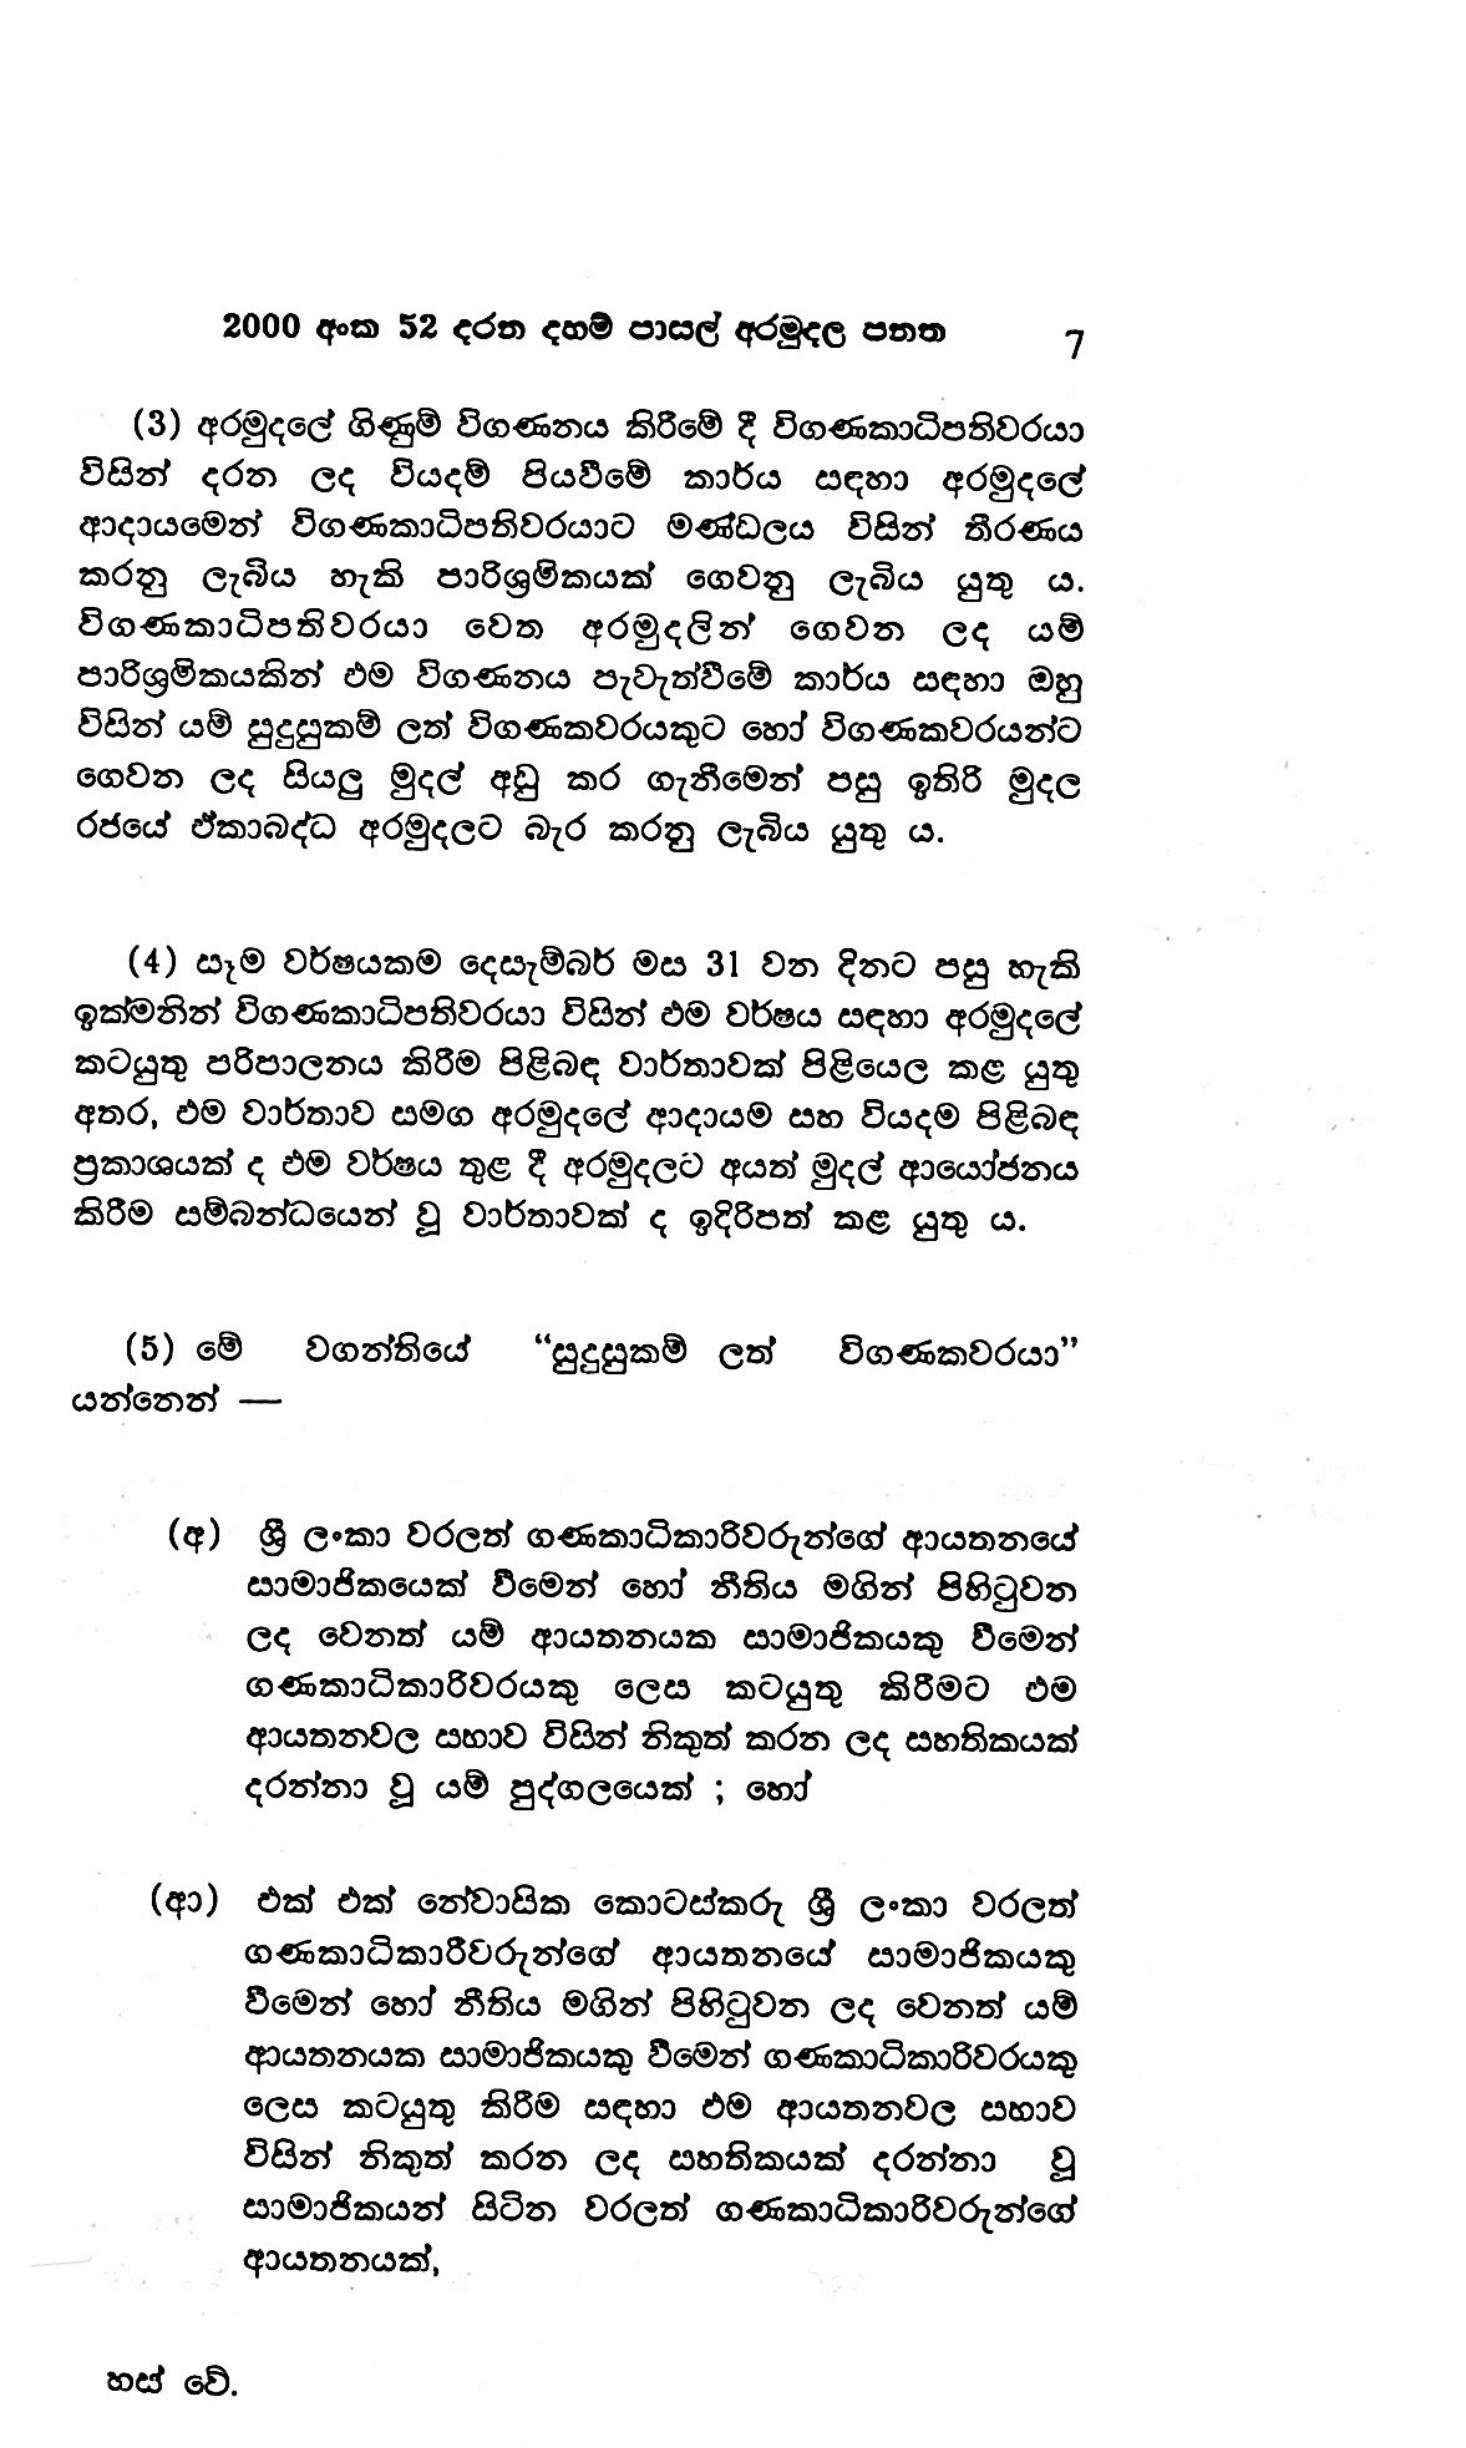
2000 අංක 52 දරන දහම් පාසල් අරමුදල පනත 7

(3) අරමුදලේ ගිණුම් විගණනය කිරීමේ දී විගණකාධිපතිවරයා
විසින් දරන ලද වියදම් පියවීමේ කාර්ය සඳහා අරමුදලේ
ආදායමෙන් විගණකාධිපතිවරයාට මණ්ඩලය විසින් තීරණය
කරනු ලැබිය හැකි පාරිශ්‍රමිකයක් ගෙවනු ලැබිය යුතු ය.
විගණකාධිපතිවරයා වෙත අරමුදලින් ගෙවන __ ලද යම්
පාරිශ්‍රමිකයකින් එම විගණනය පැවැත්වීමේ කාර්ය සඳහා ඔහු
විසින් යම් සුදුසුකම් ලත් විගණකවරයකුට හෝ විගණකවරයන්ට
ගෙවන ලද සියලු මුදල් අඩු කර ගැනීමෙන් පසු ඉතිරි මුදල
රජයේ ඒකාබද්ධ අරමුදලට බැර කරනු ලැබිය යුතු ය.

(4) සෑම වර්ෂයකම දෙසැම්බර් මස 31 වන දිනට පසු හැකි
ඉක්මනින් විගණකාධිපතිවරයා විසින් එම වර්ෂය සඳහා අරමුදලේ
කටයුතු පරිපාලනය කිරීම පිළිබඳ වාර්තාවක් පිළියෙල කළ යුතු
අතර, එම වාර්තාව සමග අරමුදලේ ආදායම සහ වියදම පිළිබඳ
ප්‍රකාශයක් ද එම වර්ෂය තුළ දී අරමුදලට අයත් මුදල් ආයෝජනය
කිරීම සම්බන්ධයෙන් වූ වාර්තාවක් ද ඉදිරිපත් කළ යුතු ය.

(5) මේ වගන්තියේ “සුදුසුකම් ලත් විගණකවරයා"
යන්නෙන් -

(අ) ශ්‍රී ලංකා වරලත් ගණකාධිකාරිවරුන්ගේ ආයතනයේ
සාමාජිකයෙක් වීමෙන් හෝ නීතිය මගින් පිහිටුවන
ලද වෙනත් යම් ආයතනයක සාමාජිකයකු වීමෙන්
ගණකාධිකාරිවරයකු ලෙස කටයුතු කිරීමට එම
ආයතනවල සභාව විසින් නිකුත් කරන ලද සහතිකයක්
දරන්නා වූ යම් පුද්ගලයෙක් ; හෝ

(ආ) එක් එක් නේවාසික කොටස්කරු ශ්‍රී ලංකා වරලත්
ගණකාධිකාරීවරුන්ගේ ආයතනයේ සාමාජිකයකු
වීමෙන් හෝ නීතිය මගින් පිහිටුවන ලද වෙනත් යම්
ආයතනයක සාමාජිකයකු වීමෙන් ගණකාධිකාරිවරයකු
ලෙස කටයුතු කිරීම සඳහා එම ආයතනවල සහාව
විසින් නිකුත් කරන ලද සහතිකයක් දරන්නා වූ
සාමාජිකයන් සිටින වරලත් ගණකාධිකාරිවරුන්ගේ
ආයතනයක්,

හස් වේ.